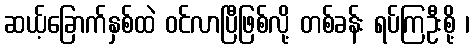
ဆယ့်ခြောက်နှစ်ထဲ ဝင်လာပြီဖြစ်လို့ တစ်ခန်း ရပ်ကြဦးစို့ ၊